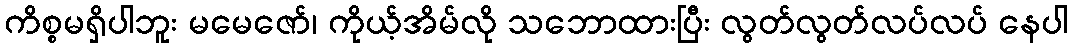
ကိစ္စမရှိပါဘူး မမေဇော်၊ ကိုယ့်အိမ်လို သဘောထားပြီး လွတ်လွတ်လပ်လပ် နေပါ